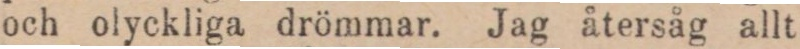
och olyckliga drömmar. Jag återsåg allt